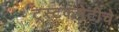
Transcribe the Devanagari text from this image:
ट्रस्टकमेटीचे